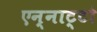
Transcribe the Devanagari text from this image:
एन्नाट्टो